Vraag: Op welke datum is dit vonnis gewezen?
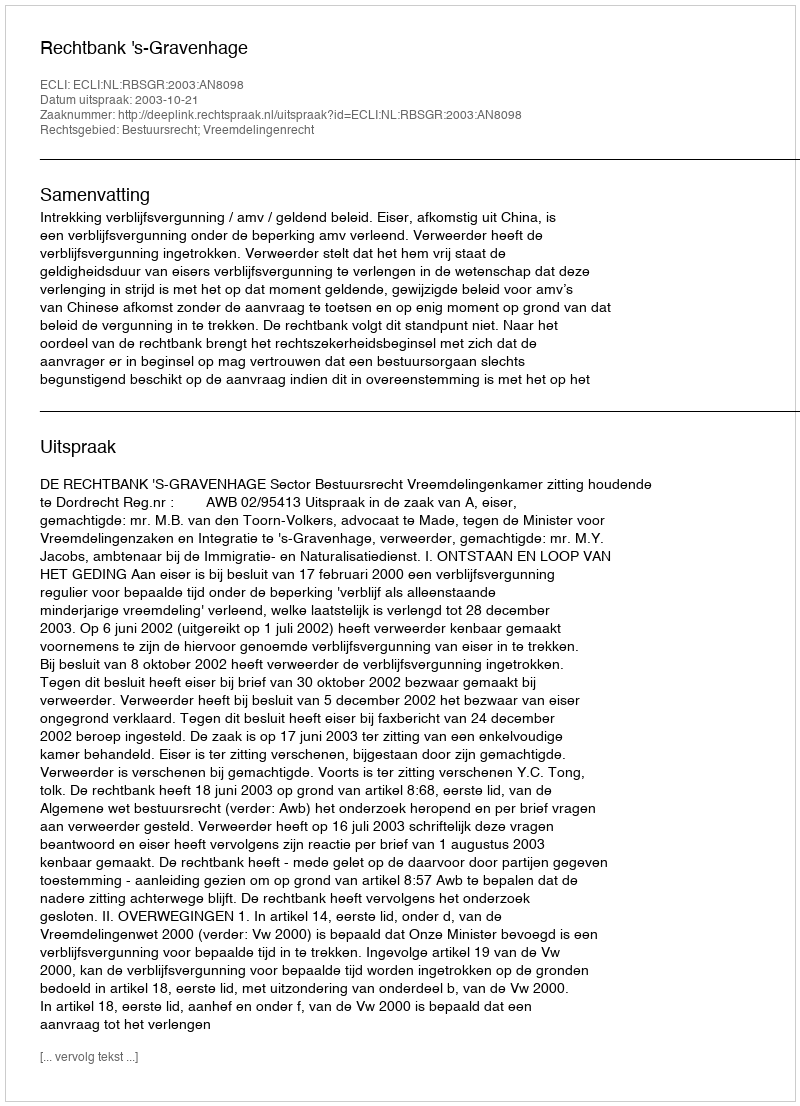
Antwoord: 2003-10-21